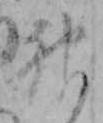
神